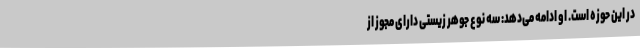
در این حوزه است. او ادامه می‌دهد: سه نوع جوهر زیستی دارای مجوز از